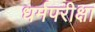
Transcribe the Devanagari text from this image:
धर्मपरीक्षा